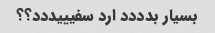
بسیار بدددد ارد سفیییددد؟؟